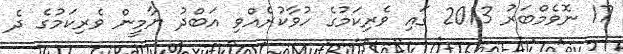
17 ނޮވެމްބަރު 2013 ގައި ވެރިކަމުގެ ހުވާކުރެއްވި އަބްދު ޔާމީން ވެރިކަމުގެ ދެ